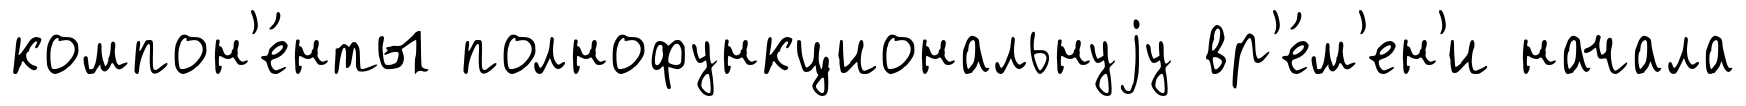
компон'е́нты полнофункциональнуjу вр'е́м'ен'и начала